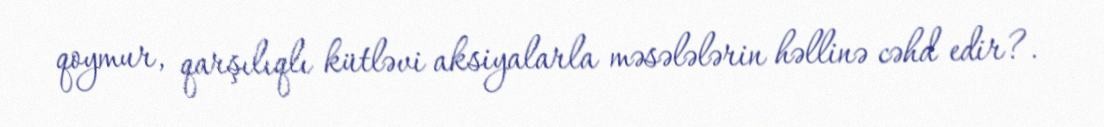
qoymur, qarşılıqlı kütləvi aksiyalarla məsələlərin həllinə cəhd edir?.